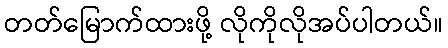
တတ်မြောက်ထားဖို့ လိုကိုလိုအပ်ပါတယ်။